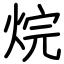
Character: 烷